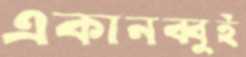
একানব্বুই